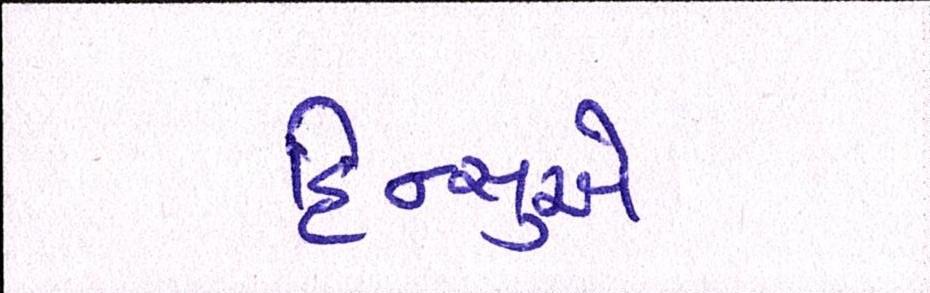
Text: હિન્સુએ